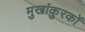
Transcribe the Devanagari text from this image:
मुखांकुरकों